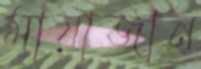
মায়াজান